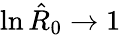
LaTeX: \ln{\hat{R}_{0}}\to 1